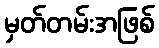
မှတ်တမ်းအဖြစ်